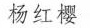
杨红樱